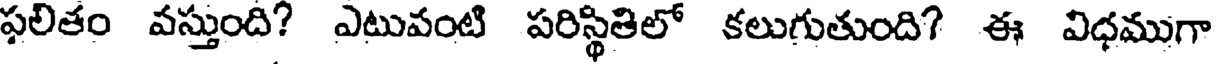
ఫలితం వస్తుంది? ఎటువంటి పరిస్థితిలో కలుగుతుంది? ఈ విధముగా